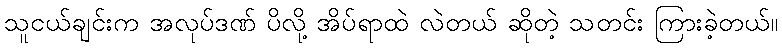
သူငယ်ချင်းက အလုပ်ဒဏ် ပိလို့ အိပ်ရာထဲ လဲတယ် ဆိုတဲ့ သတင်း ကြားခဲ့တယ်။